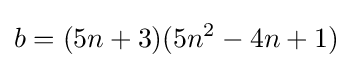
b=(5n+3)(5n^{2}-4n+1)